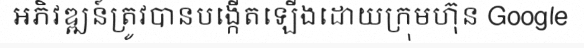
អភិវឌ្ឍន៍ត្រូវបានបង្កើតឡើងដោយក្រុមហ៊ុន Google